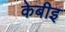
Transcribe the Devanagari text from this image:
केबीइ